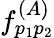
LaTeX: f_{p_{1}p_{2}}^{(A)}